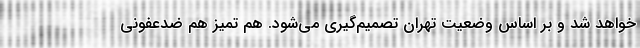
خواهد شد و بر اساس وضعیت تهران تصمیم‌گیری می‌شود. هم تمیز هم ضدعفونی